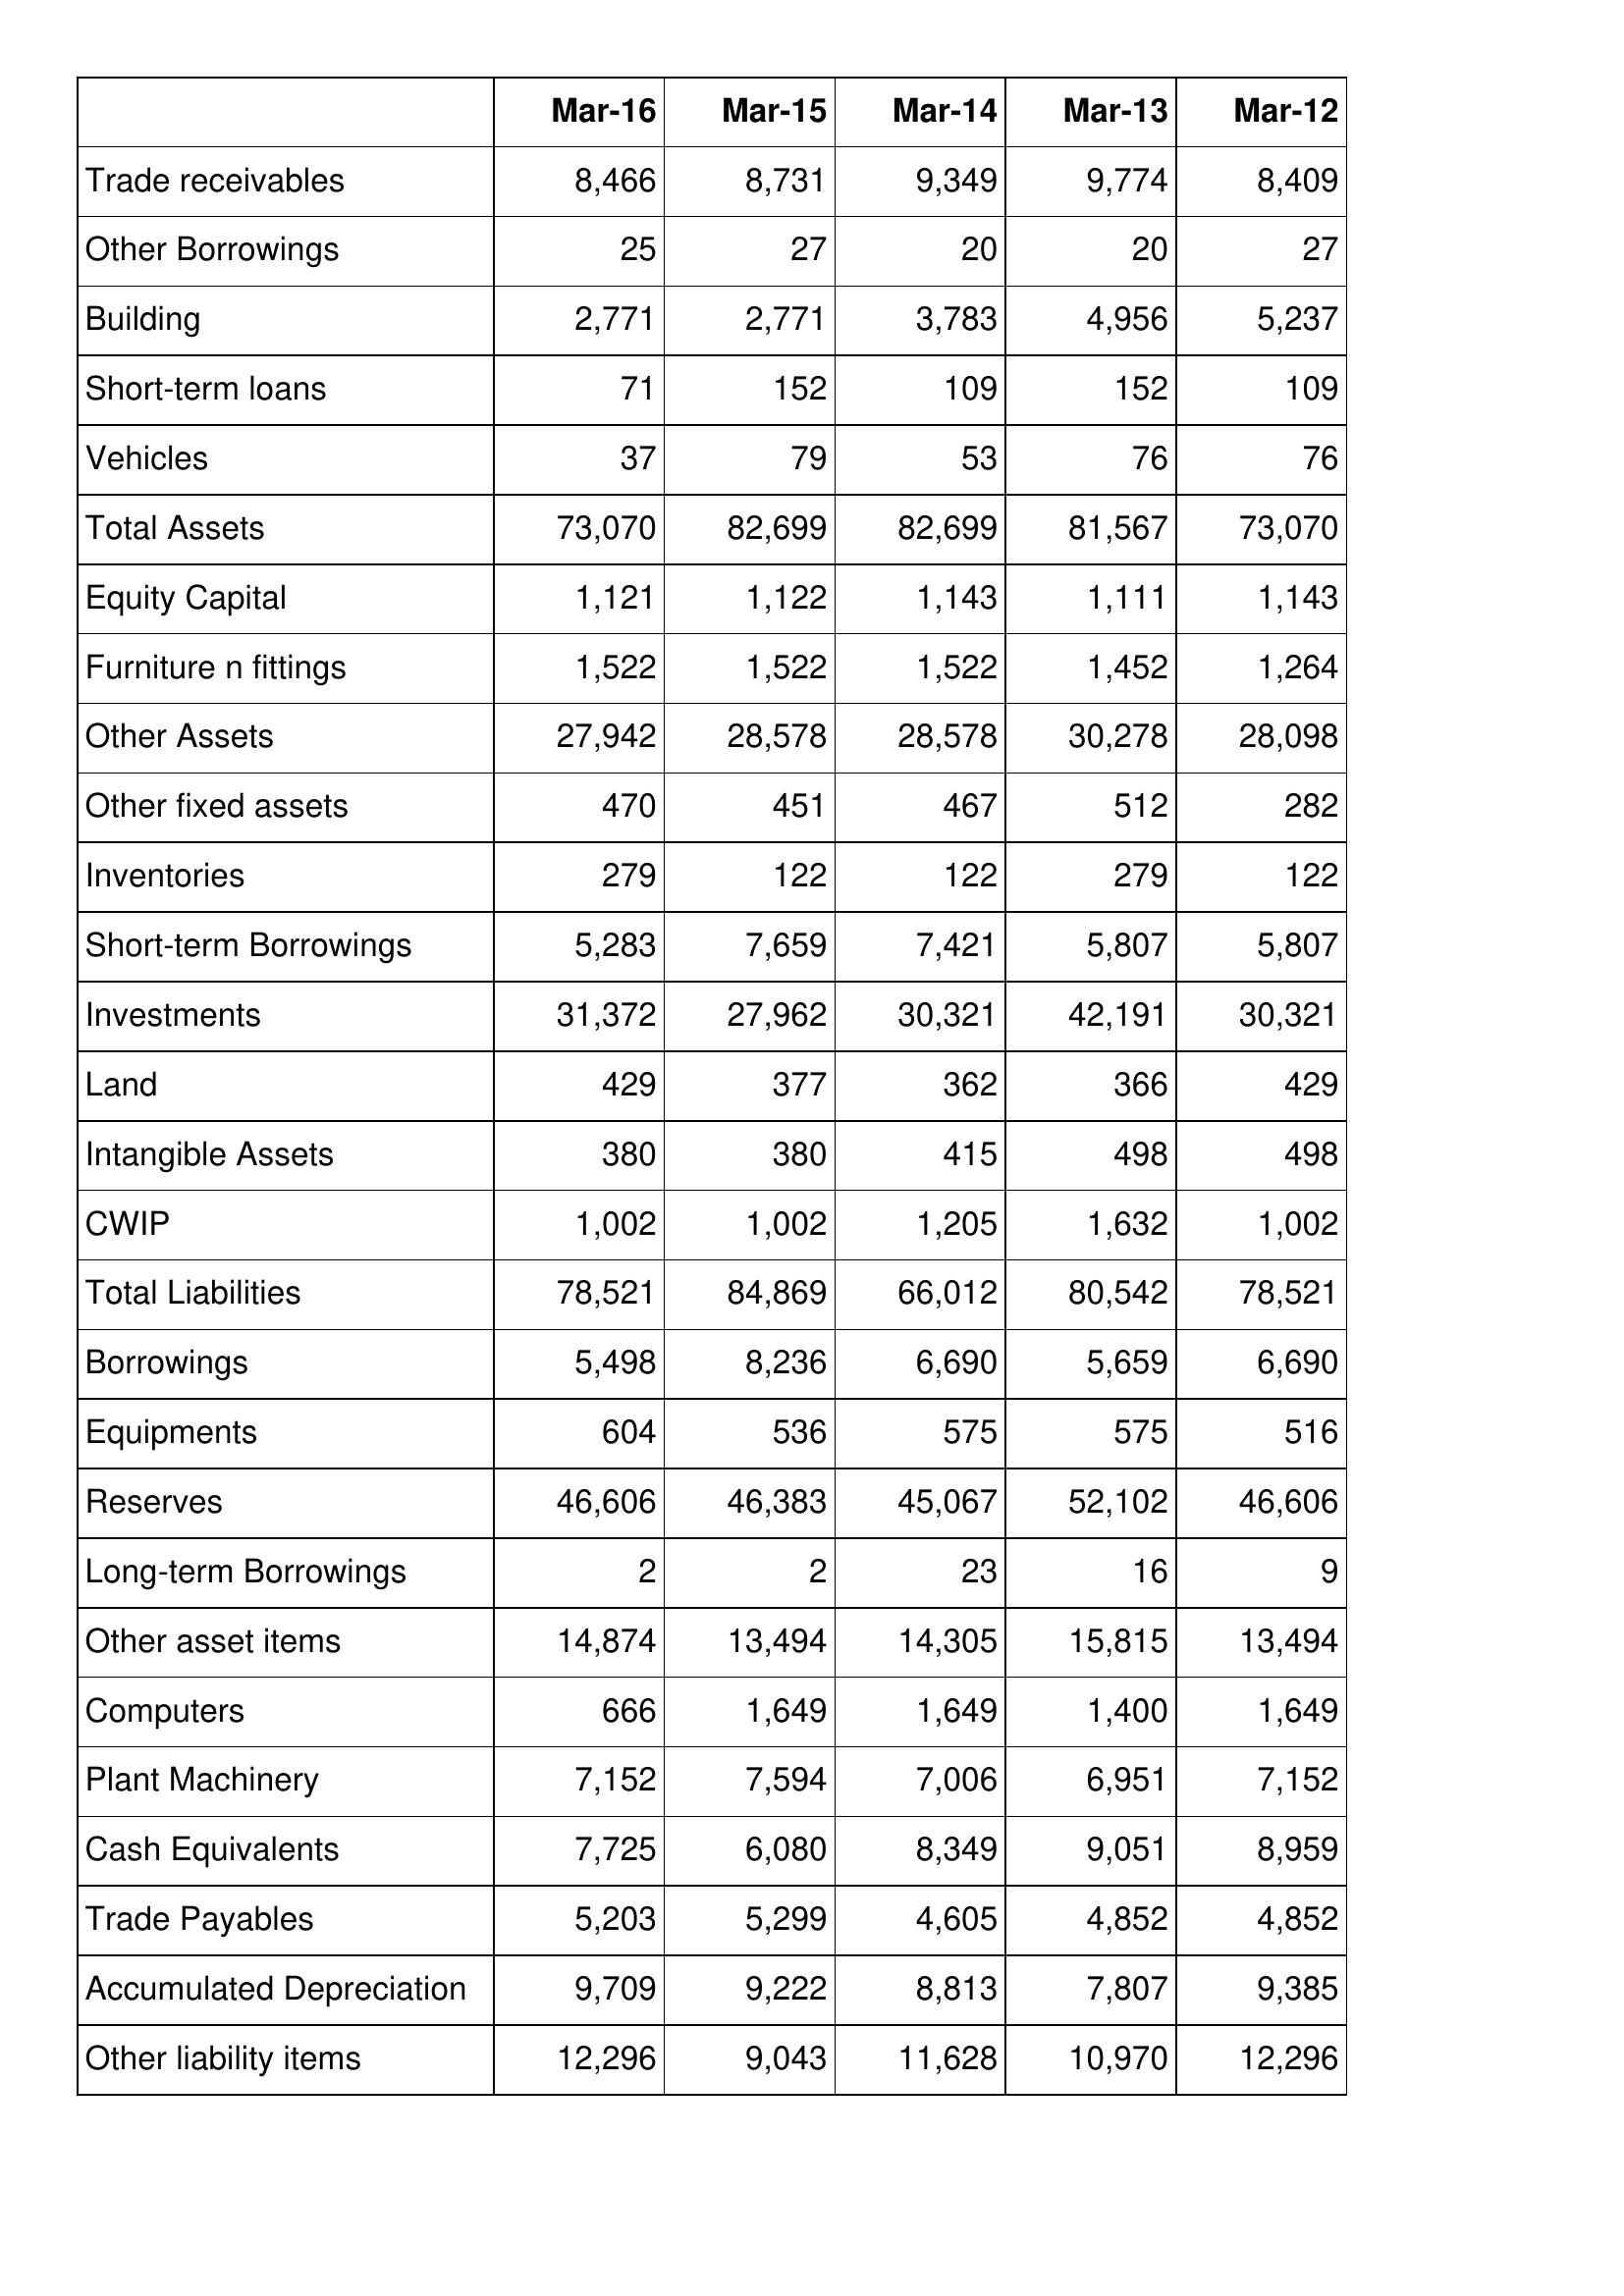
Mar-16: Balance Sheet: Trade receivables: 8,466
Other Borrowings: 25
Building: 2,771
Short-term loans: 71
Vehicles: 37
Total Assets: 73,070
Equity Capital: 1,121
Furniture n fittings: 1,522
Other Assets: 27,942
Other fixed assets: 470
Inventories: 279
Short-term Borrowings: 5,283
Investments: 31,372
Land: 429
Intangible Assets: 380
CWIP: 1,002
Total Liabilities: 78,521
Borrowings: 5,498
Equipments: 604
Reserves: 46,606
Long-term Borrowings: 2
Other asset items: 14,874
Computers: 666
Plant Machinery: 7,152
Cash Equivalents: 7,725
Trade Payables: 5,203
Accumulated Depreciation: 9,709
Other liability items: 12,296
Mar-15: Balance Sheet: Trade receivables: 8,731
Other Borrowings: 27
Building: 2,771
Short-term loans: 152
Vehicles: 79
Total Assets: 82,699
Equity Capital: 1,122
Furniture n fittings: 1,522
Other Assets: 28,578
Other fixed assets: 451
Inventories: 122
Short-term Borrowings: 7,659
Investments: 27,962
Land: 377
Intangible Assets: 380
CWIP: 1,002
Total Liabilities: 84,869
Borrowings: 8,236
Equipments: 536
Reserves: 46,383
Long-term Borrowings: 2
Other asset items: 13,494
Computers: 1,649
Plant Machinery: 7,594
Cash Equivalents: 6,080
Trade Payables: 5,299
Accumulated Depreciation: 9,222
Other liability items: 9,043
Mar-14: Balance Sheet: Trade receivables: 9,349
Other Borrowings: 20
Building: 3,783
Short-term loans: 109
Vehicles: 53
Total Assets: 82,699
Equity Capital: 1,143
Furniture n fittings: 1,522
Other Assets: 28,578
Other fixed assets: 467
Inventories: 122
Short-term Borrowings: 7,421
Investments: 30,321
Land: 362
Intangible Assets: 415
CWIP: 1,205
Total Liabilities: 66,012
Borrowings: 6,690
Equipments: 575
Reserves: 45,067
Long-term Borrowings: 23
Other asset items: 14,305
Computers: 1,649
Plant Machinery: 7,006
Cash Equivalents: 8,349
Trade Payables: 4,605
Accumulated Depreciation: 8,813
Other liability items: 11,628
Mar-13: Balance Sheet: Trade receivables: 9,774
Other Borrowings: 20
Building: 4,956
Short-term loans: 152
Vehicles: 76
Total Assets: 81,567
Equity Capital: 1,111
Furniture n fittings: 1,452
Other Assets: 30,278
Other fixed assets: 512
Inventories: 279
Short-term Borrowings: 5,807
Investments: 42,191
Land: 366
Intangible Assets: 498
CWIP: 1,632
Total Liabilities: 80,542
Borrowings: 5,659
Equipments: 575
Reserves: 52,102
Long-term Borrowings: 16
Other asset items: 15,815
Computers: 1,400
Plant Machinery: 6,951
Cash Equivalents: 9,051
Trade Payables: 4,852
Accumulated Depreciation: 7,807
Other liability items: 10,970
Mar-12: Balance Sheet: Trade receivables: 8,409
Other Borrowings: 27
Building: 5,237
Short-term loans: 109
Vehicles: 76
Total Assets: 73,070
Equity Capital: 1,143
Furniture n fittings: 1,264
Other Assets: 28,098
Other fixed assets: 282
Inventories: 122
Short-term Borrowings: 5,807
Investments: 30,321
Land: 429
Intangible Assets: 498
CWIP: 1,002
Total Liabilities: 78,521
Borrowings: 6,690
Equipments: 516
Reserves: 46,606
Long-term Borrowings: 9
Other asset items: 13,494
Computers: 1,649
Plant Machinery: 7,152
Cash Equivalents: 8,959
Trade Payables: 4,852
Accumulated Depreciation: 9,385
Other liability items: 12,296